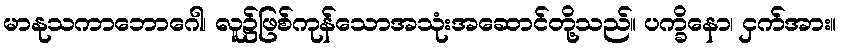
မာနုသကာဘောဂေါ၊ လူ၌ဖြစ်ကုန်သောအသုံးအဆောင်တို့သည်။ ပက္ခိနော၊ ငှက်အား။